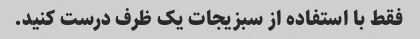
فقط با استفاده از سبزیجات یک ظرف درست کنید.